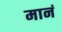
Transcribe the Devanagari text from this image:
मानं